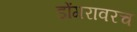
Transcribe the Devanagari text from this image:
डोंगरावरच